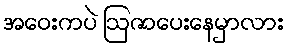
အဝေးကပဲ ဩဇာပေးနေမှာလား